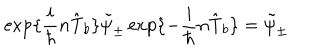
\exp \{ \frac { i } { \hbar } n \hat { \mathrm { T } } _ { b } \} \tilde { \psi } _ { \pm } \exp \{ - \frac { i } { \hbar } n \hat { \mathrm { T } } _ { b } \} = \tilde { \psi } _ { \pm }